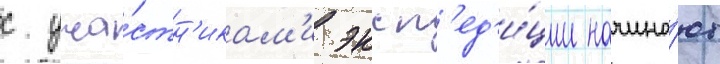
с уча́стн'икам'и эксп'ед'и́ции начина́ют